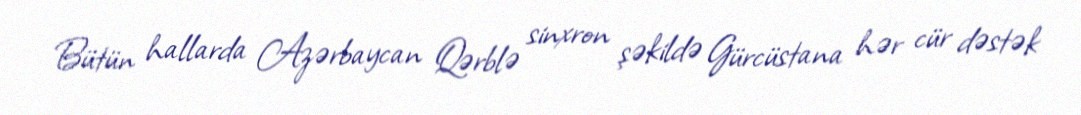
Bütün hallarda Azərbaycan Qərblə sinxron şəkildə Gürcüstana hər cür dəstək